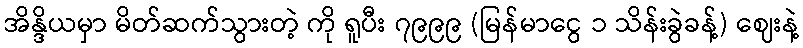
အိန္ဒိယမှာ မိတ်ဆက်သွားတဲ့ ကို ရူပီး ၇၉၉၉ (မြန်မာငွေ ၁ သိန်းခွဲခန့်) ဈေးနဲ့